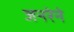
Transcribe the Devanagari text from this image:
जनरेने